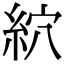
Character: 䋉